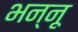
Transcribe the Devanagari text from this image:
भन्नू